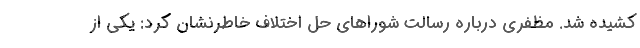
کشیده شد. مظفری درباره رسالت شوراهای حل اختلاف خاطرنشان کرد: یکی از